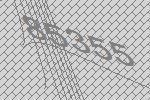
85355